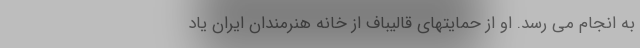
به انجام می رسد. او از حمایتهای قالیباف از خانه هنرمندان ایران یاد